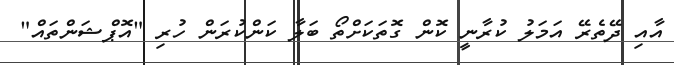
އާއި ދޭތެރޭ އަމަލު ކުރާނީ ކޮން ގޮތަކަށްތޯ ބަލާ ކަންކުރަން ހުރި "އޮޕްޝަންތައް"